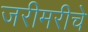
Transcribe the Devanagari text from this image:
जरीमरीचे